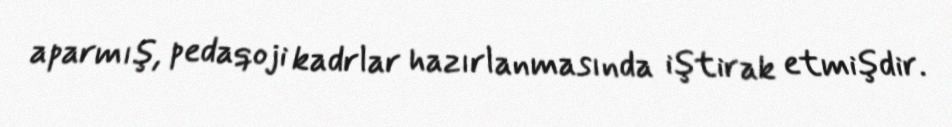
aparmış, pedaqoji kadrlar hazırlanmasında iştirak etmişdir.